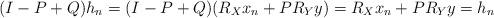
LaTeX: \begin{align*}(I-P+Q)h_{n}=(I-P+Q)(R_{X}x_{n}+PR_{Y}y)=R_{X}x_{n}+PR_{Y}y=h_{n}\end{align*}